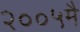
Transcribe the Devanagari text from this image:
२००५मै